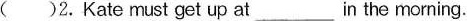
( )2.Kate must get up at___in the morning.